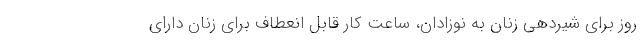
روز برای شیردهی زنان به نوزادان، ساعت کار قابل انعطاف برای زنان دارای